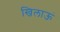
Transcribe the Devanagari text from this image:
खिलाऊं